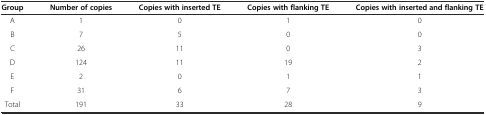
<table><thead><tr><td><b>Group</b></td><td><b>Number of copies</b></td><td><b>Copies with inserted TE</b></td><td><b>Copies with flanking TE</b></td><td><b>Copies with inserted and flanking TE</b></td></tr></thead><tbody><tr><td>A</td><td>1</td><td>0</td><td>1</td><td>0</td></tr><tr><td>B</td><td>7</td><td>5</td><td>0</td><td>0</td></tr><tr><td>C</td><td>26</td><td>11</td><td>0</td><td>3</td></tr><tr><td>D</td><td>124</td><td>11</td><td>19</td><td>2</td></tr><tr><td>E</td><td>2</td><td>0</td><td>1</td><td>1</td></tr><tr><td>F</td><td>31</td><td>6</td><td>7</td><td>3</td></tr><tr><td>Total</td><td>191</td><td>33</td><td>28</td><td>9</td></tr></tbody></table>